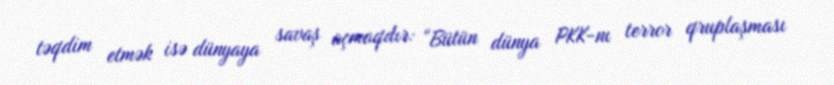
təqdim etmək isə dünyaya savaş açmaqdır: “Bütün dünya PKK-nı terror qruplaşması